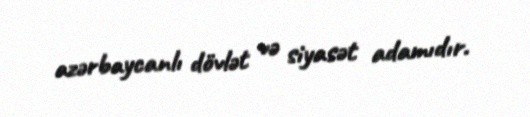
azərbaycanlı dövlət və siyasət adamıdır.